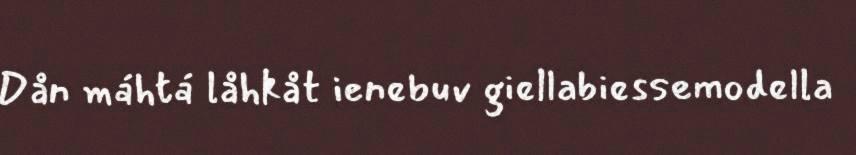
Dån máhtá låhkåt ienebuv giellabiessemodella